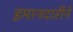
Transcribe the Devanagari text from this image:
इमानदारीने